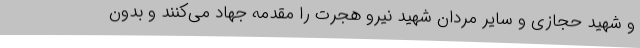
و شهید حجازی و سایر مردان شهید نیرو هجرت را مقدمه جهاد می‌کنند و بدون